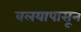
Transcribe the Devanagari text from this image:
वलयापासून